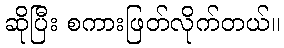
ဆိုပြီး စကားဖြတ်လိုက်တယ်။